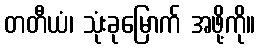
တတီယံ၊ သုံးခုမြောက် အဖို့ကို။